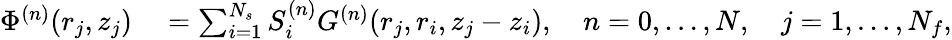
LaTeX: \begin{array}{rl}{\Phi^{(n)}(r_{j},z_{j})}&{{}=\sum_{i=1}^{N_{s}}S_{i}^{(n)}G^{(n)}(r_{j},r_{i},z_{j}-z_{i}),\quad n=0,\ldots,N,\quad j=1,\ldots,N_{f},}\end{array}